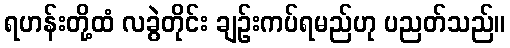
ရဟန်းတို့ထံ လခွဲတိုင်း ချဉ်းကပ်ရမည်ဟု ပညတ်သည်။